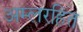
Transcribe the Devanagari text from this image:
अम्लरहित